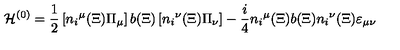
{ \cal H } ^ { ( 0 ) } = { \frac { 1 } { 2 } } \left[ { n _ { i } } ^ { \mu } ( \Xi ) \Pi _ { \mu } \right] b ( \Xi ) \left[ { n _ { i } } ^ { \nu } ( \Xi ) \Pi _ { \nu } \right] - { \frac { i } { 4 } } { n _ { i } } ^ { \mu } ( \Xi ) b ( \Xi ) { n _ { i } } ^ { \nu } ( \Xi ) \varepsilon _ { \mu \nu }